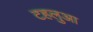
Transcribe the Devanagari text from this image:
टहलुआ